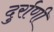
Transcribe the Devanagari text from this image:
दुर्राणी